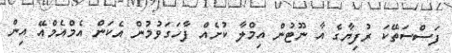
ފަސްސަތޭކަ ރުފިޔާގެ އާ ނޫޓުން އިމްލާ ކުށެއް ފާހަގަވުމުން އެކަން އެމްއެމްއޭ އިން